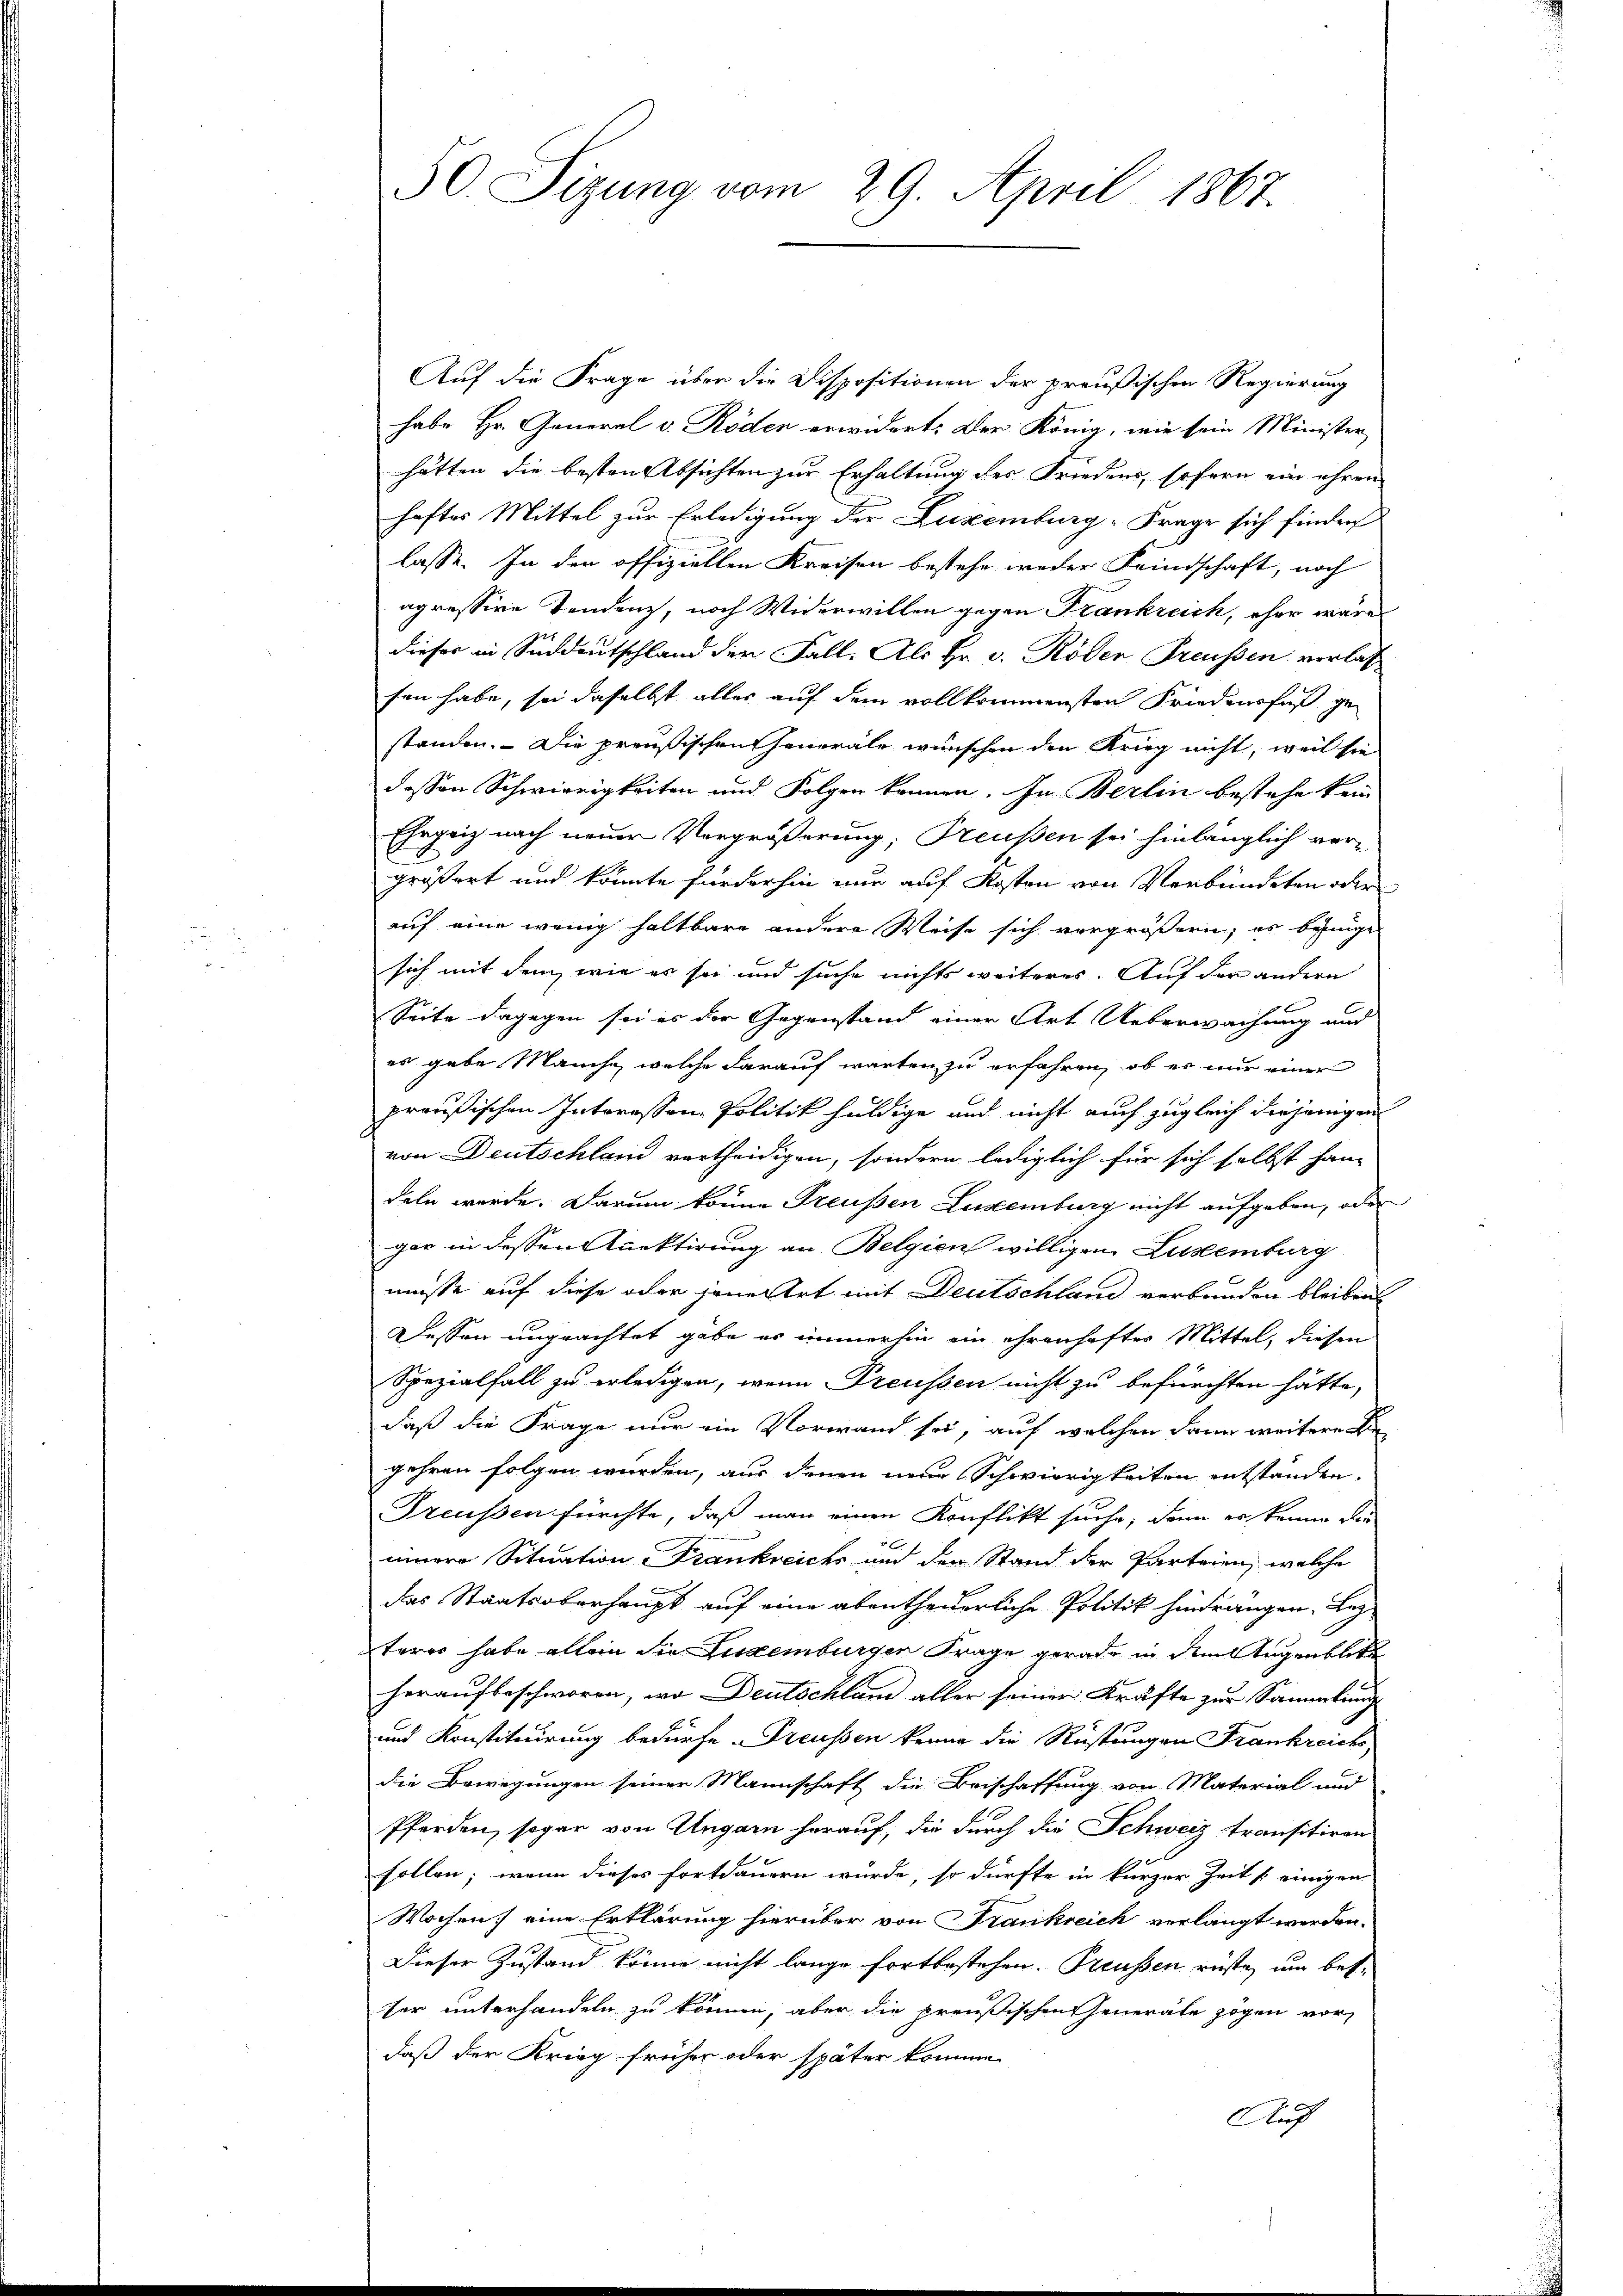
50. Sizung vom 29. April 1867.

Auf die Frage über die Dispositionen der preußischen Regierung
habe Hr. General v. Röden erwidert: Der König, wie sein Minister
hätten die besten Absichten zur Erhaltung des Friedens, sofern ein ihren
haftes Mittel zur Erledigung der Luxenburg-Frage sich finden
lasse. In den offiziellen Kreisen bestehe weder Feindschaft, noch
agressive Tendenz, noch Widerwillen gegen Krankreich, eher wäre
dieser in Süddeutschland der Fall. Als Hr. v. Röden Freussen verlassen habe, sei daselbst alles auf dem vollkommensten Friedensfuß gestanden. Die preußischen Generale wünschen den Krieg nicht, weil sie
dessen Schwierigkeiten und Folgen können. In Berlin bestehe kein
Ehrgeiz nach neuer Vergrößerung; Preußen sei hinlänglich ver-
größert und könnte fürderhin nur auf Kosten von Verbündeten oder
auf eine wenig haltbare andere Weise sich vergrößern; es beinige
sich mit dem, wie es sie und suche nichts weiteres. Auf den andern
Seite dagegen sei es der Gegenstand einer Art. Ueberwachung und
es gebe Manche, welche darauf warten zu erfahren, ob es nur einer
preußischen Interessen Politik huldige und nicht auch zugleich diejenigen
von Deutschland vertheidigen, sondern lediglich für sich selbst handeln werde. Darum könne Preußen Luxenburg nicht aufgeben, oder
gar in dessen uektirung an Belgien willigen Lustenburg
müsse auf diese oder jene Art mit Deutschland verbunden bleiben.
Dessen ungeachtet gabe es immerhin ein ehrenhafter Mittel, diesen
Spezialfall zu erledigen, wenn Preussen nicht zu befürchten hätte,
daß die Frage nur ein Vorwand sei, auf welchen dann weitere Sie
gehren folgen wurden, aus denen neue Schwierigkeiten entstanden.
Treussen fürchte, daß man einen Konflikt suche, denn es keinen die
einere Situation Frankreichs und der Stand der Parteien, welche
das Staatsoberhaupt auf eine abentheuerliche Politik hindrängen. Lez
terer habe allein die Liegenburgen Frage gerade in dem Augenblicke
heraufbeschworen, wo Deutschlum aller seiner Kräfte zur Sammlung
und Konstituirung bedürfe. Freussen kenne die Rüstungen Frankreichs
die Bewegungen seiner Mannschaft die Beischaffung von Material und
Pferden, sogar von Ungarn herauf, die durch die Schweiz transitiven
sollen; wenn dieses fortdauern wurde, so dürfte in kurzer Zeit seinigen
Wochen eine Erklärung hierüber von Frankreich verlangt werden.
Dieser Zustand könne nicht lange fortbestehen. Preussen rüste, um besser unterhandeln zu können, aber die preußischen Generale zogen vordaß der Krieg früher oder später komme.
Auf